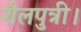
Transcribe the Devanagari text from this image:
शैलपुत्री।